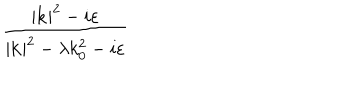
\frac { | \mathbf { k } | ^ { 2 } - i \varepsilon } { | \mathbf { k } | ^ { 2 } - \lambda k _ { 0 } ^ { 2 } - i \varepsilon }